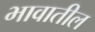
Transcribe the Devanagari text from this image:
भावातील